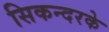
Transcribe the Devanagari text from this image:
सिकन्दरके